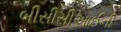
બીસીસીઆઈની